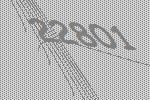
22801